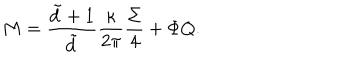
M = \frac { \tilde { d } + 1 } { \tilde { d } } \frac { \kappa } { 2 \pi } \frac { \Sigma } { 4 } + \Phi Q .